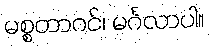
မစ္စတာဂင်၊ မင်္ဂလာပါ။